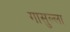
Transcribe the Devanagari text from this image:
गासुल्ला